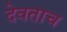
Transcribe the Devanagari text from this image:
देवताच